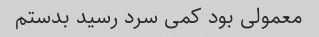
معمولی بود کمی سرد رسید بدستم